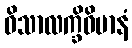
ဝိသာလက္ခိဝိမာနံ